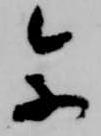
参